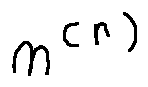
n ^ { ( r ) }